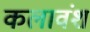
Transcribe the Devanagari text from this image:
कलावंश